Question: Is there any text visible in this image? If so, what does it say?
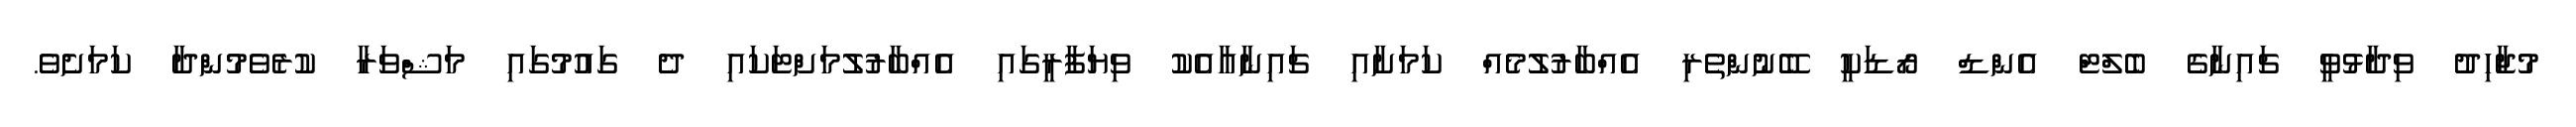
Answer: މުޖާހިދު ވިދާޅުވީ ޗައިނާގެ ބެލްޓް އެންޑް ރޯޑަކީ ބޭނުންތެރި އެއްބާރުލުމެއް ކަމަށާއި ޗައިނާއާއެކު ވިޔަފާރީގައި އެއްބާރުލުމަށްޓަކައި ދެ ގައުމުގައި މަޝްވަރާ ކުރެވެމުންދާ ކަމަށެވެ.